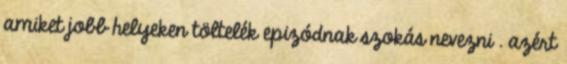
amiket jobb helyeken töltelék epizódnak szokás nevezni . azért